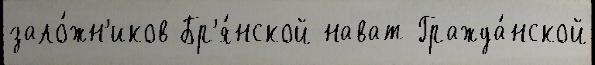
зало́жн'иков Бр'я́нской нават Гражда́нской